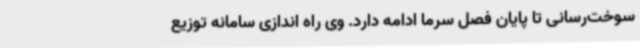
سوخت‌رسانی تا پایان فصل سرما ادامه دارد. وی راه اندازی سامانه توزیع